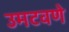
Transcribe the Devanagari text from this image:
उमटवणे